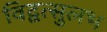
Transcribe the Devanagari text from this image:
विद्वत्सुलभ